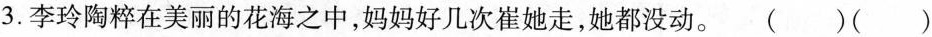
3.李玲陶粹在美丽的花海之中，妈妈好几次崔她走，她都没动。()()